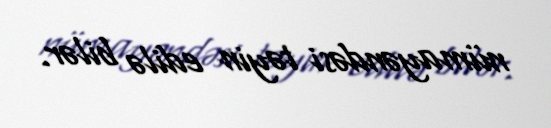
nümayəndəsi təyin edilə bilər.